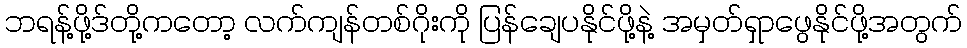
ဘရန့်ဖို့ဒ်တို့ကတော့ လက်ကျန်တစ်ဂိုးကို ပြန်ချေပနိုင်ဖို့နဲ့ အမှတ်ရှာဖွေနိုင်ဖို့အတွက်